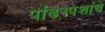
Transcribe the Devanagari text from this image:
पांढरपेशांचे